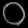
Digit: ၀